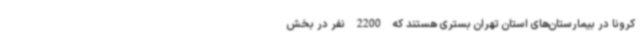
کرونا در بیمارستان‌های استان تهران بستری هستند که 2200 نفر در بخش